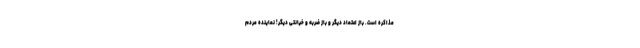
مذاکره است. باز اعتماد دیگر و باز ضربه و خیانتی دیگر! نماینده مردم